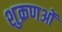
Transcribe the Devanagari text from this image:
शुक्रणओं